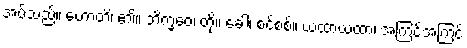
အပ်သည်။ ဟောတိ၊ ၏။ ဘိက္ခဝေ၊ တို့။ ခေါ၊ စင်စစ်။ ယထာယထာ၊ အကြင်အကြင်